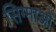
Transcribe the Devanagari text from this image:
सिग्माओं